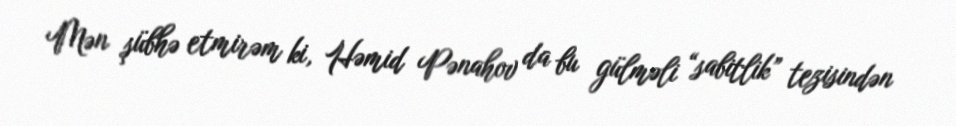
Mən şübhə etmirəm ki, Həmid Pənahov da bu gülməli “sabitlik” tezisindən